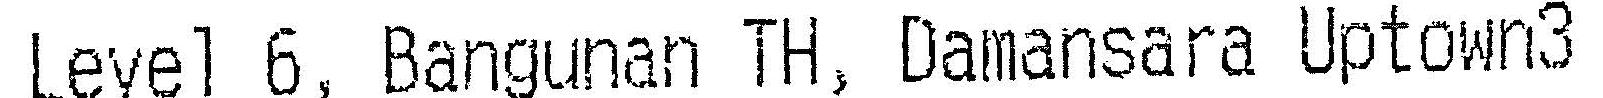
LEVEL 6, BANGUNAN TH, DAMANSARA UPTOWN3